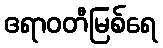
ဧရာဝတီမြစ်ရေ